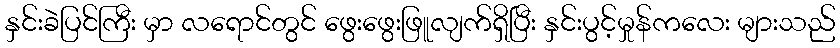
နှင်းခဲပြင်ကြီး မှာ လရောင်တွင် ဖွေးဖွေးဖြူလျက်ရှိပြီး နှင်းပွင့်မှုန်ကလေး များသည်